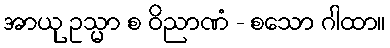
အာယု ဥသ္မာ စ ဝိညာဏံ - စသော ဂါထာ။